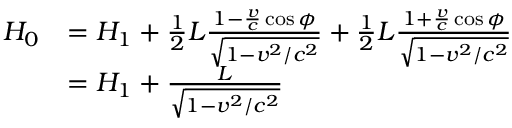
{ \begin{array} { r l } { H _ { 0 } } & { = H _ { 1 } + { \frac { 1 } { 2 } } L { \frac { 1 - { \frac { v } { c } } \cos { \phi } } { \sqrt { 1 - v ^ { 2 } / c ^ { 2 } } } } + { \frac { 1 } { 2 } } L { \frac { 1 + { \frac { v } { c } } \cos { \phi } } { \sqrt { 1 - v ^ { 2 } / c ^ { 2 } } } } } \\ & { = H _ { 1 } + { \frac { L } { \sqrt { 1 - v ^ { 2 } / c ^ { 2 } } } } } \end{array} }